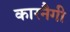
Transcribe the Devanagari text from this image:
कारनैगी